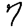
Digit: 7